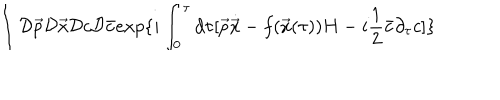
\int { \cal D } \vec { p } { \cal D } \vec { x } { \cal D } c { \cal D } \bar { c } e x p \{ i \int _ { 0 } ^ { \tau } d \tau [ \vec { p } \dot { \vec { x } } - f ( \vec { x } ( \tau ) ) H - i \frac { 1 } { 2 } \bar { c } \partial _ { \tau } c ] \}